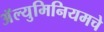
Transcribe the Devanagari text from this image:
अॅल्युमिनियमचे